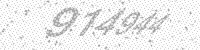
Solution: 914944